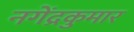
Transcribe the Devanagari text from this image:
नगेंद्रकुमार